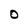
Character: O